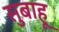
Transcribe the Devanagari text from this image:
सुबाहू